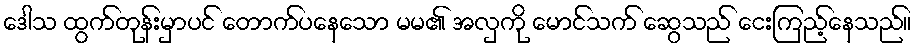
ဒေါသ ထွက်တုန်းမှာပင် တောက်ပနေသော မမ၏ အလှကို မောင်သက် ဆွေသည် ငေးကြည့်နေသည်။